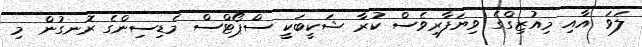
ލަވަ އާއި މިއުޒިގްގެ ވިޔަފާރިވެސް ކުރާ ޝަކީބަކީ ސްޕޯޓްސް މެޑިސިންގެ ރޮނގުން މި